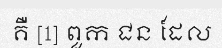
គឺ [1] ពួក ជន ដែល